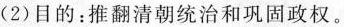
(2)目的：推翻清朝统治和巩固政权。